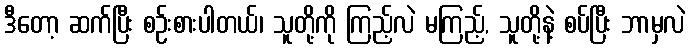
ဒီတော့ ဆက်ပြီး စဉ်းစားပါတယ်၊ သူတို့ကို ကြည့်လဲ မကြည့်, သူတို့နဲ့ စပ်ပြီး ဘာမှလဲ